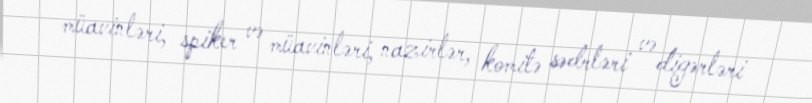
müavinləri, spiker və müavinləri, nazirlər, komitə sədrləri və digərləri